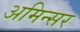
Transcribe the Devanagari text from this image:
अमिन्सर